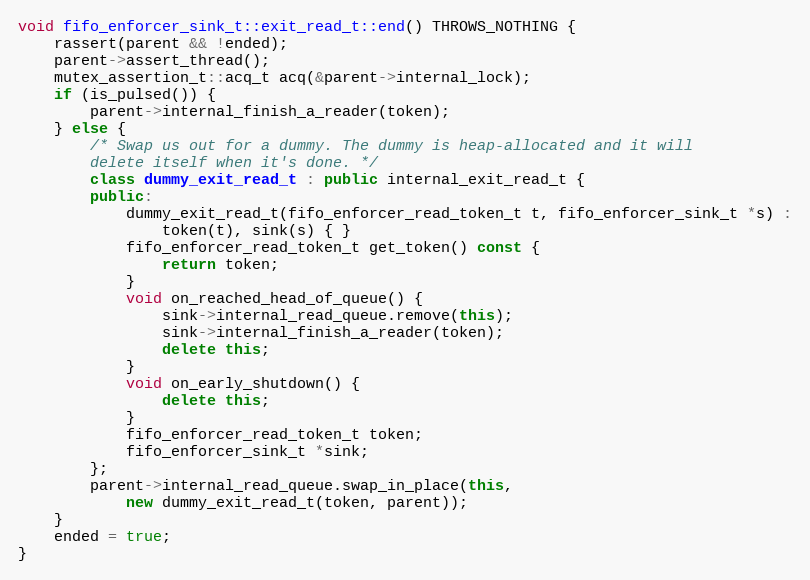
Language: C++
void fifo_enforcer_sink_t::exit_read_t::end() THROWS_NOTHING {
    rassert(parent && !ended);
    parent->assert_thread();
    mutex_assertion_t::acq_t acq(&parent->internal_lock);
    if (is_pulsed()) {
        parent->internal_finish_a_reader(token);
    } else {
        /* Swap us out for a dummy. The dummy is heap-allocated and it will
        delete itself when it's done. */
        class dummy_exit_read_t : public internal_exit_read_t {
        public:
            dummy_exit_read_t(fifo_enforcer_read_token_t t, fifo_enforcer_sink_t *s) :
                token(t), sink(s) { }
            fifo_enforcer_read_token_t get_token() const {
                return token;
            }
            void on_reached_head_of_queue() {
                sink->internal_read_queue.remove(this);
                sink->internal_finish_a_reader(token);
                delete this;
            }
            void on_early_shutdown() {
                delete this;
            }
            fifo_enforcer_read_token_t token;
            fifo_enforcer_sink_t *sink;
        };
        parent->internal_read_queue.swap_in_place(this,
            new dummy_exit_read_t(token, parent));
    }
    ended = true;
}